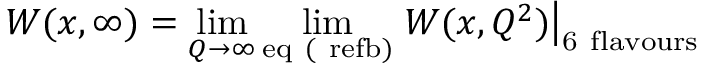
W ( x , \infty ) = \operatorname * { l i m } _ { Q \rightarrow \infty } \operatorname * { l i m } _ { \mathrm { e q \ ( \ r e f { b } ) } } \left. W ( x , Q ^ { 2 } ) \right| _ { \mathrm { 6 \ f l a v o u r s } }